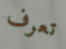
تعرف